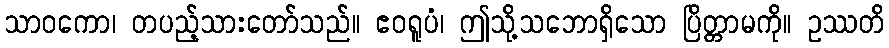
သာဝကော၊ တပည့်သားတော်သည်။ ဧဝရူပံ၊ ဤသို့သဘောရှိသော ပြိတ္တာမကို။ ဥဿတိ